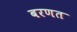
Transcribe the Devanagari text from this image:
बरणत